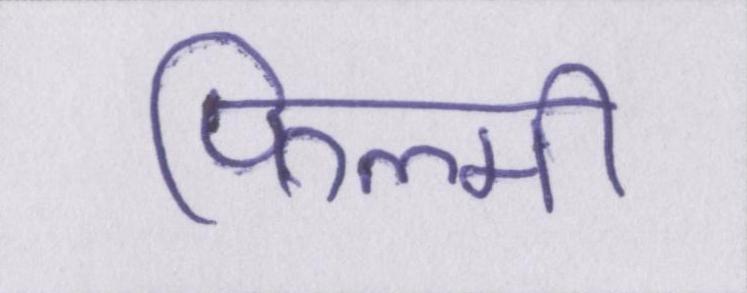
फिल्मी